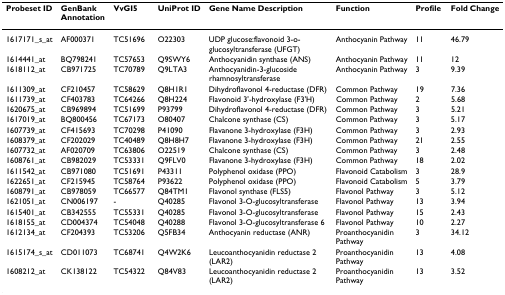
<table><thead><tr><td><b>Probeset ID</b></td><td><b>GenBank Annotation</b></td><td><b>VvGI5</b></td><td><b>UniProt ID</b></td><td><b>Gene Name Description</b></td><td><b>Function</b></td><td><b>Profile</b></td><td><b>Fold Change</b></td></tr></thead><tbody><tr><td>1617171_s_at</td><td>AF000371</td><td>TC51696</td><td>O22303</td><td>UDP glucose:flavonoid 3-o-glucosyltransferase (UFGT)</td><td>Anthocyanin Pathway</td><td>11</td><td>46.79</td></tr><tr><td>1614441_at</td><td>BQ798241</td><td>TC57653</td><td>Q9SWY6</td><td>Anthocyanidin synthase (ANS)</td><td>Anthocyanin Pathway</td><td>11</td><td>12</td></tr><tr><td>1618112_at</td><td>CB971725</td><td>TC70789</td><td>Q9LTA3</td><td>Anthocyanidin-3-glucoside rhamnosyltransferase</td><td>Anthocyanin Pathway</td><td>3</td><td>9.39</td></tr><tr><td>1611309_at</td><td>CF210457</td><td>TC58629</td><td>Q8H1R1</td><td>Dihydroflavonol 4-reductase (DFR)</td><td>Common Pathway</td><td>19</td><td>7.36</td></tr><tr><td>1611739_at</td><td>CF403783</td><td>TC64266</td><td>Q8H224</td><td>Flavonoid 3&#x27;-hydroxylase (F3&#x27;H)</td><td>Common Pathway</td><td>2</td><td>5.68</td></tr><tr><td>1620675_at</td><td>CB969894</td><td>TC51699</td><td>P93799</td><td>Dihydroflavonol 4-reductase (DFR)</td><td>Common Pathway</td><td>3</td><td>5.21</td></tr><tr><td>1617019_at</td><td>BQ800456</td><td>TC67173</td><td>O80407</td><td>Chalcone synthase (CS)</td><td>Common Pathway</td><td>3</td><td>5.17</td></tr><tr><td>1607739_at</td><td>CF415693</td><td>TC70298</td><td>P41090</td><td>Flavanone 3-hydroxylase (F3H)</td><td>Common Pathway</td><td>3</td><td>2.93</td></tr><tr><td>1608379_at</td><td>CF202029</td><td>TC40489</td><td>Q8H8H7</td><td>Flavanone 3-hydroxylase (F3H)</td><td>Common Pathway</td><td>21</td><td>2.55</td></tr><tr><td>1607732_at</td><td>AF020709</td><td>TC63806</td><td>O22519</td><td>Chalcone synthase (CS)</td><td>Common Pathway</td><td>3</td><td>2.48</td></tr><tr><td>1608761_at</td><td>CB982029</td><td>TC53331</td><td>Q9FLV0</td><td>Flavanone 3-hydroxylase (F3H)</td><td>Common Pathway</td><td>18</td><td>2.02</td></tr><tr><td>1611542_at</td><td>CB971080</td><td>TC51691</td><td>P43311</td><td>Polyphenol oxidase (PPO)</td><td>Flavonoid Catabolism</td><td>3</td><td>28.9</td></tr><tr><td>1622651_at</td><td>CF215945</td><td>TC58764</td><td>P93622</td><td>Polyphenol oxidase (PPO)</td><td>Flavonoid Catabolism</td><td>5</td><td>3.79</td></tr><tr><td>1608791_at</td><td>CB978059</td><td>TC66577</td><td>Q84TM1</td><td>Flavonol synthase (FLS5)</td><td>Flavonol Pathway</td><td>3</td><td>5.12</td></tr><tr><td>1621051_at</td><td>CN006197</td><td>-</td><td>Q40285</td><td>Flavonol 3-O-glucosyltransferase</td><td>Flavonol Pathway</td><td>13</td><td>3.94</td></tr><tr><td>1615401_at</td><td>CB342555</td><td>TC55331</td><td>Q40285</td><td>Flavonol 3-O-glucosyltransferase</td><td>Flavonol Pathway</td><td>15</td><td>2.43</td></tr><tr><td>1618155_at</td><td>CD004374</td><td>TC54048</td><td>Q40288</td><td>Flavonol 3-O-glucosyltransferase 6</td><td>Flavonol Pathway</td><td>10</td><td>2.27</td></tr><tr><td>1612134_at</td><td>CF204393</td><td>TC53206</td><td>Q5FB34</td><td>Anthocyanin reductase (ANR)</td><td>Proanthocyanidin Pathway</td><td>3</td><td>34.12</td></tr><tr><td>1615174_s_at</td><td>CD011073</td><td>TC68741</td><td>Q4W2K6</td><td>Leucoanthocyanidin reductase 2 (LAR2)</td><td>Proanthocyanidin Pathway</td><td>13</td><td>4.08</td></tr><tr><td>1608212_at</td><td>CK138122</td><td>TC54322</td><td>Q84V83</td><td>Leucoanthocyanidin reductase 2 (LAR2)</td><td>Proanthocyanidin Pathway</td><td>13</td><td>3.52</td></tr></tbody></table>